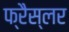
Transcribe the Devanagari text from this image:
फ्रैस्लर